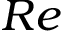
R e